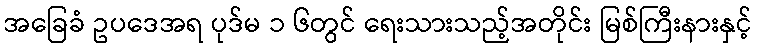
အခြေခံ ဥပဒေအရ ပုဒ်မ ၁ ၆တွင် ရေးသားသည့်အတိုင်း မြစ်ကြီးနားနှင့်